Vaccination in Bombay 1924-1928 - 1924-1928
Year: 1924
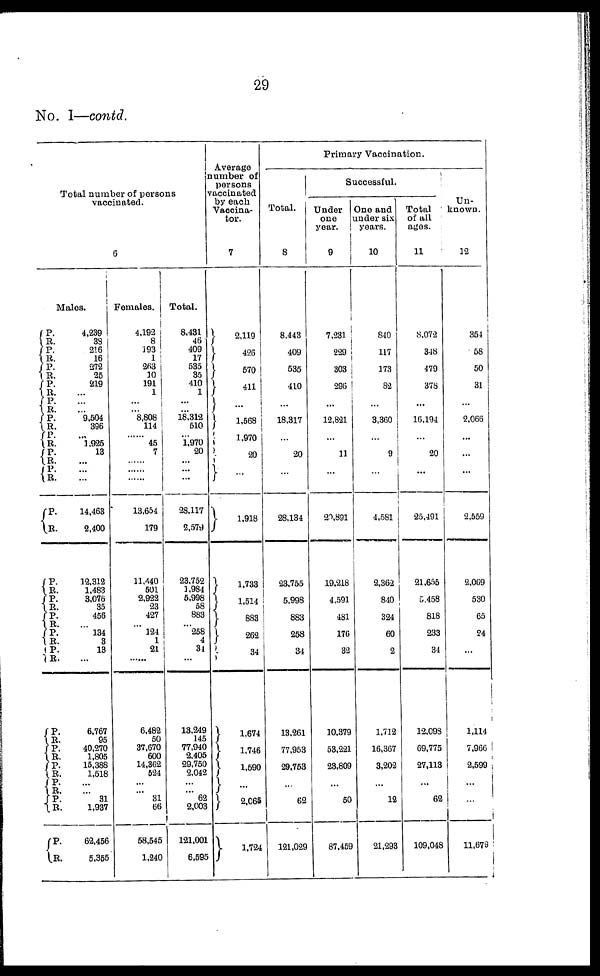
29
No. I—contd.
Total number of persons
vaccinated.
6
Males.
P.
R.
P.
R.
P.
R.
P.
R.
P.
R.
P.
R.
P.
R.
P. R.
P. R.
P.
R.
P.
R.
P.
R.
P.
R.
P.
R.
P.
R.
P.
R.
P.
R.
P.
R.
P. R.
P. R.
P.
R.
4,239
38
216
16
272
25
219
...
...
... 9,504
396
... 1,925
13
...
...
...
14,463
2,400
12,312
1,483
3,076
35
456
... 134
3
13
...
6,767
95
40,270
1,805
15,388
1,518
...
...
31
1,937
62,456
5,355
Females.
4,192
8
193
1
263
10
191
1
...
... 8,808
114
...... 45
7
......
......
......
13,654
179
11,440
501
2,922
23
427
...
124
1
21
......
6,482
50
37,670
600
14,362
524
...
...
31
66
58,545
1,240
Total.
8,431
46
409
17
535
35
410
1
...
... 18,312
510
... 1,970
20
...
...
...
28,117
2,579
23,752
1,984
5,998
58
883
... 258
4
34
...
13,249
145
77,940
2,405
29,750
2,042
...
...
62
2,003
121,001
6,595
Average
number of
persons
vaccinated
by each
Vaccina¬
tor.
7
2,119
426
570
411
...
1,568
1,970
20
...
1,918
1,733
1,514
883
262
34
1,674
1,746
1,590
...
2,065
1,724
Primary Vaccination.
Total.
8
8,443
409
535
410
...
18,317
...
20
...
28,134
23,755
5,998
883
258
34
13,261
77,953
29,753
...
62
121,029
Successful.
Under
one
year.
9
7,231
229
303
296
...
12,821
...
11
...
20,891
19,218
4,591
481
176
32
10,379
53,221
23,809
...
50
87,459
One and
under six
years.
10
840
117
173
82
...
3,360
...
9
...
4,581
2,362
840
324
60
2
1,712
16,367
3,202
...
12
21,293
Total
of all
ages.
11
8,072
348
479
378
...
16,194
...
20
...
25,491
21,655
5,458
818
233
34
12,098
69,775
27,113
...
62
109,048
Un-
known.
12
354
58
50
31
...
2,066
...
...
...
2,559
2,069
530
65
24
...
1,114
7,966
2,599
...
...
11,679